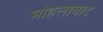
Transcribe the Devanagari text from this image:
महिलावाद